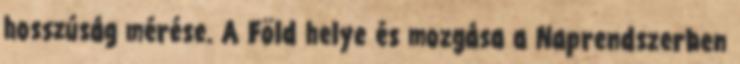
hosszúság mérése. A Föld helye és mozgása a Naprendszerben